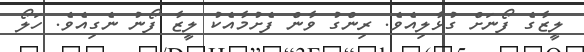
ލީޒާގެ ފޯނަށް ގުޅާލިއެވެ. ރިންގު ވާން ފެށުމާއެކު ލީޒާ ފޯނު ނެގިއެވެ. ހަލޯ